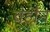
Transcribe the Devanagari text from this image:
वहौन